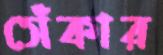
সেঁকার